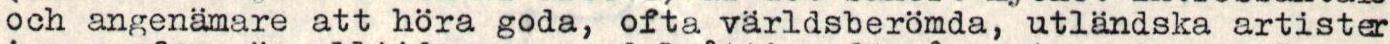
och angenämare att höra goda, ofta världsberomda, utländska artister